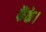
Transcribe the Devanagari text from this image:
फैंके।